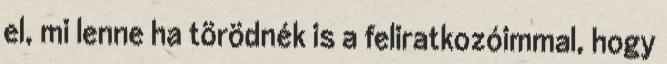
el, mi lenne ha törödnék is a feliratkozóimmal, hogy